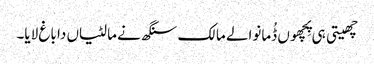
چھیتی ہی پِچھوں ڈُمانوالے مالک سنگھ نے مالٹیاں دا باغ لایا۔